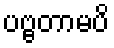
ပဗ္ဗတာမပိ